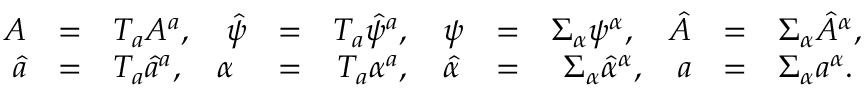
\begin{array} { r c l r c l r c l r c l } { { A } } & { { = } } & { { T _ { a } A ^ { a } , \quad \hat { \psi } } } & { { = } } & { { T _ { a } \hat { \psi } ^ { a } , \quad \psi } } & { { = } } & { { \Sigma _ { \alpha } \psi ^ { \alpha } , \quad \hat { A } } } & { { = } } & { { \Sigma _ { \alpha } \hat { A } ^ { \alpha } , } } \\ { { \hat { a } } } & { { = } } & { { T _ { a } \hat { a } ^ { a } , \quad \alpha } } & { { = } } & { { T _ { a } \alpha ^ { a } , \quad \hat { \alpha } } } & { { = } } & { { \Sigma _ { \alpha } \hat { \alpha } ^ { \alpha } , \quad a } } & { { = } } & { { \Sigma _ { \alpha } a ^ { \alpha } . } } \end{array}